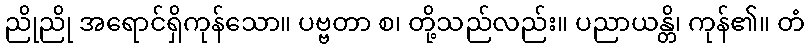
ညိုညို အရောင်ရှိကုန်သော။ ပဗ္ဗတာ စ၊ တို့သည်လည်း။ ပညာယန္တိ၊ ကုန်၏။ တံ